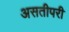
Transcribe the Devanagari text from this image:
असतीपरी